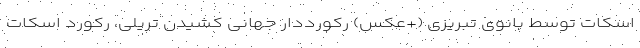
اسکات توسط بانوی تبریزی (+عکس) رکورددار جهانی کشیدن تریلی، رکورد اسکات